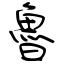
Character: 魯